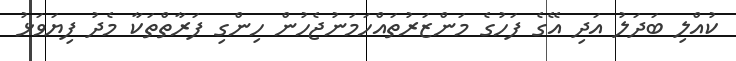
ކުއްލި ބަދަލު އަދި އޭގެ ފަހުގެ މަންޒަރުތައްހަމަނުޖެހުން ހިންގި ފަރާތްތަކާ މެދު ފިޔަވަޅު